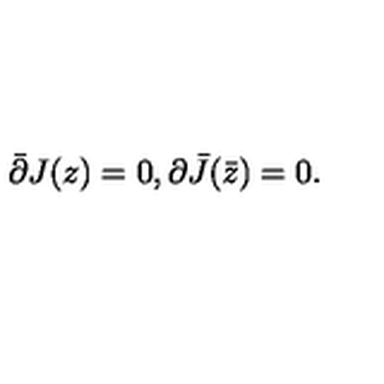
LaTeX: \bar { \partial } { J ( z ) } = 0 , { \partial } { \bar { J } ( \bar { z } ) } = 0 .